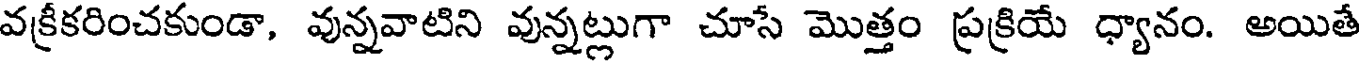
వక్రీకరించకుండా, వున్నవాటిని వున్నట్లుగా చూసే మొత్తం ప్రక్రియే ధ్యానం. అయితే